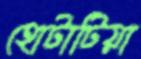
হোটাটিয়া